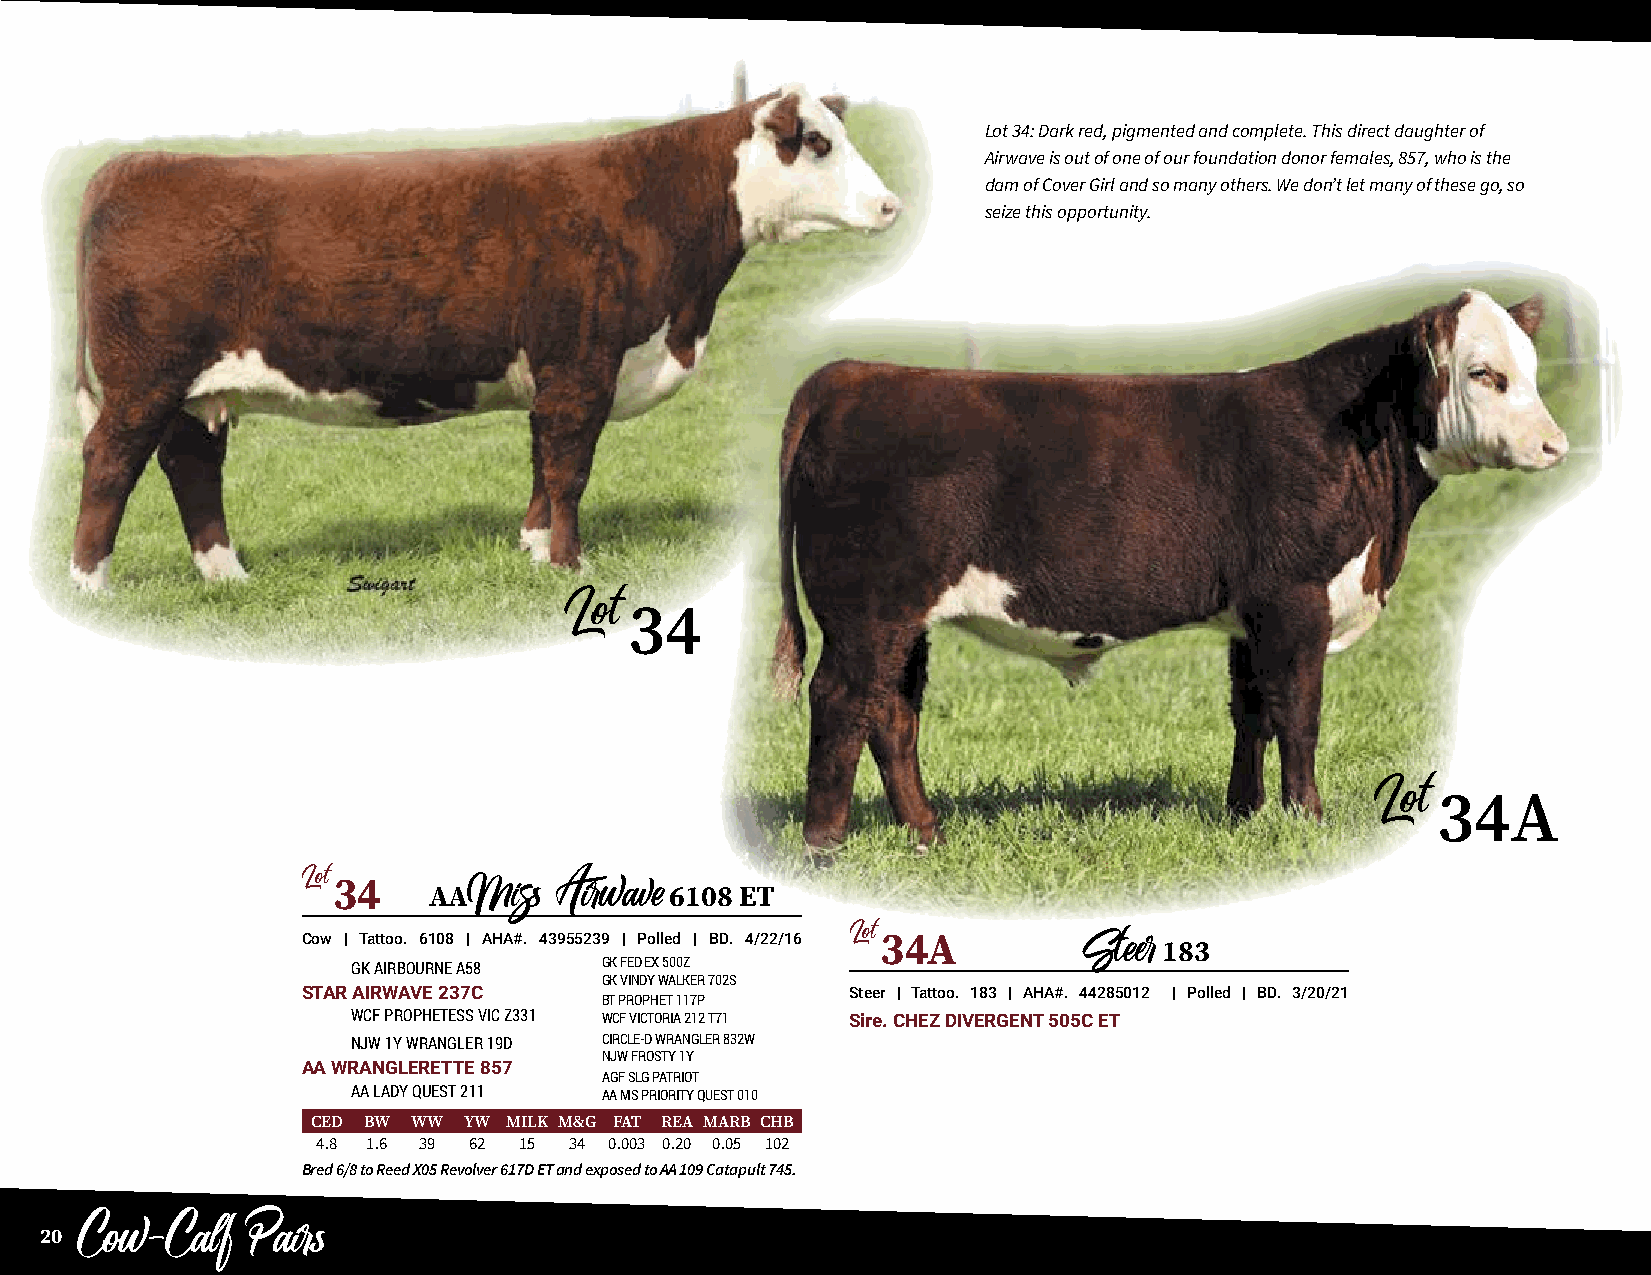
Lot 34: Dark red, pigmented and complete. This direct daughter of
 Airwave is out of one of our foundation donor females, 857, who is the
 dam of Cover Girl and so many others. We don’t let many of these go, so
 seize this opportunity.
 34
 Lot
 34A
 Lot
 Lot34
 AA              6108 ET
 Miss  Airwave
 Cow | Tattoo. 6108 | AHA#. 43955239 | Polled | BD. 4/22/16 Lot34A
 183
 GK AIRBOURNE A58 GK FED EX 500Z                  Steer
 GK VINDY WALKER 702S
 STAR AIRWAVE 237C                   Steer | Tattoo. 183 | AHA#. 44285012 | Polled | BD. 3/20/21
 BT PROPHET 117P
 WCF PROPHETESS VIC Z331 WCF VICTORIA 212 T71 Sire. CHEZ DIVERGENT 505C ET
 NJW 1Y WRANGLER 19D CIRCLE-D WRANGLER 832W
 NJW FROSTY 1Y
 AA WRANGLERETTE 857
 AGF SLG PATRIOT
 AA LADY QUEST 211 AA MS PRIORITY QUEST 010
 CED BW WW YW MILK M&G FAT REA MARB CHB
 4.8 1.6 39 62 15 34 0.003 0.20 0.05 102
 Bred 6/8 to Reed X05 Revolver 617D ET and exposed to AA 109 Catapult 745.
 20
 Cow-Calf    Pairs